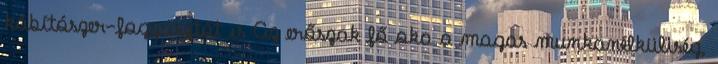
kábítószer-fogyasztót is Az erőszak fő oka a magas munkanélküliség,